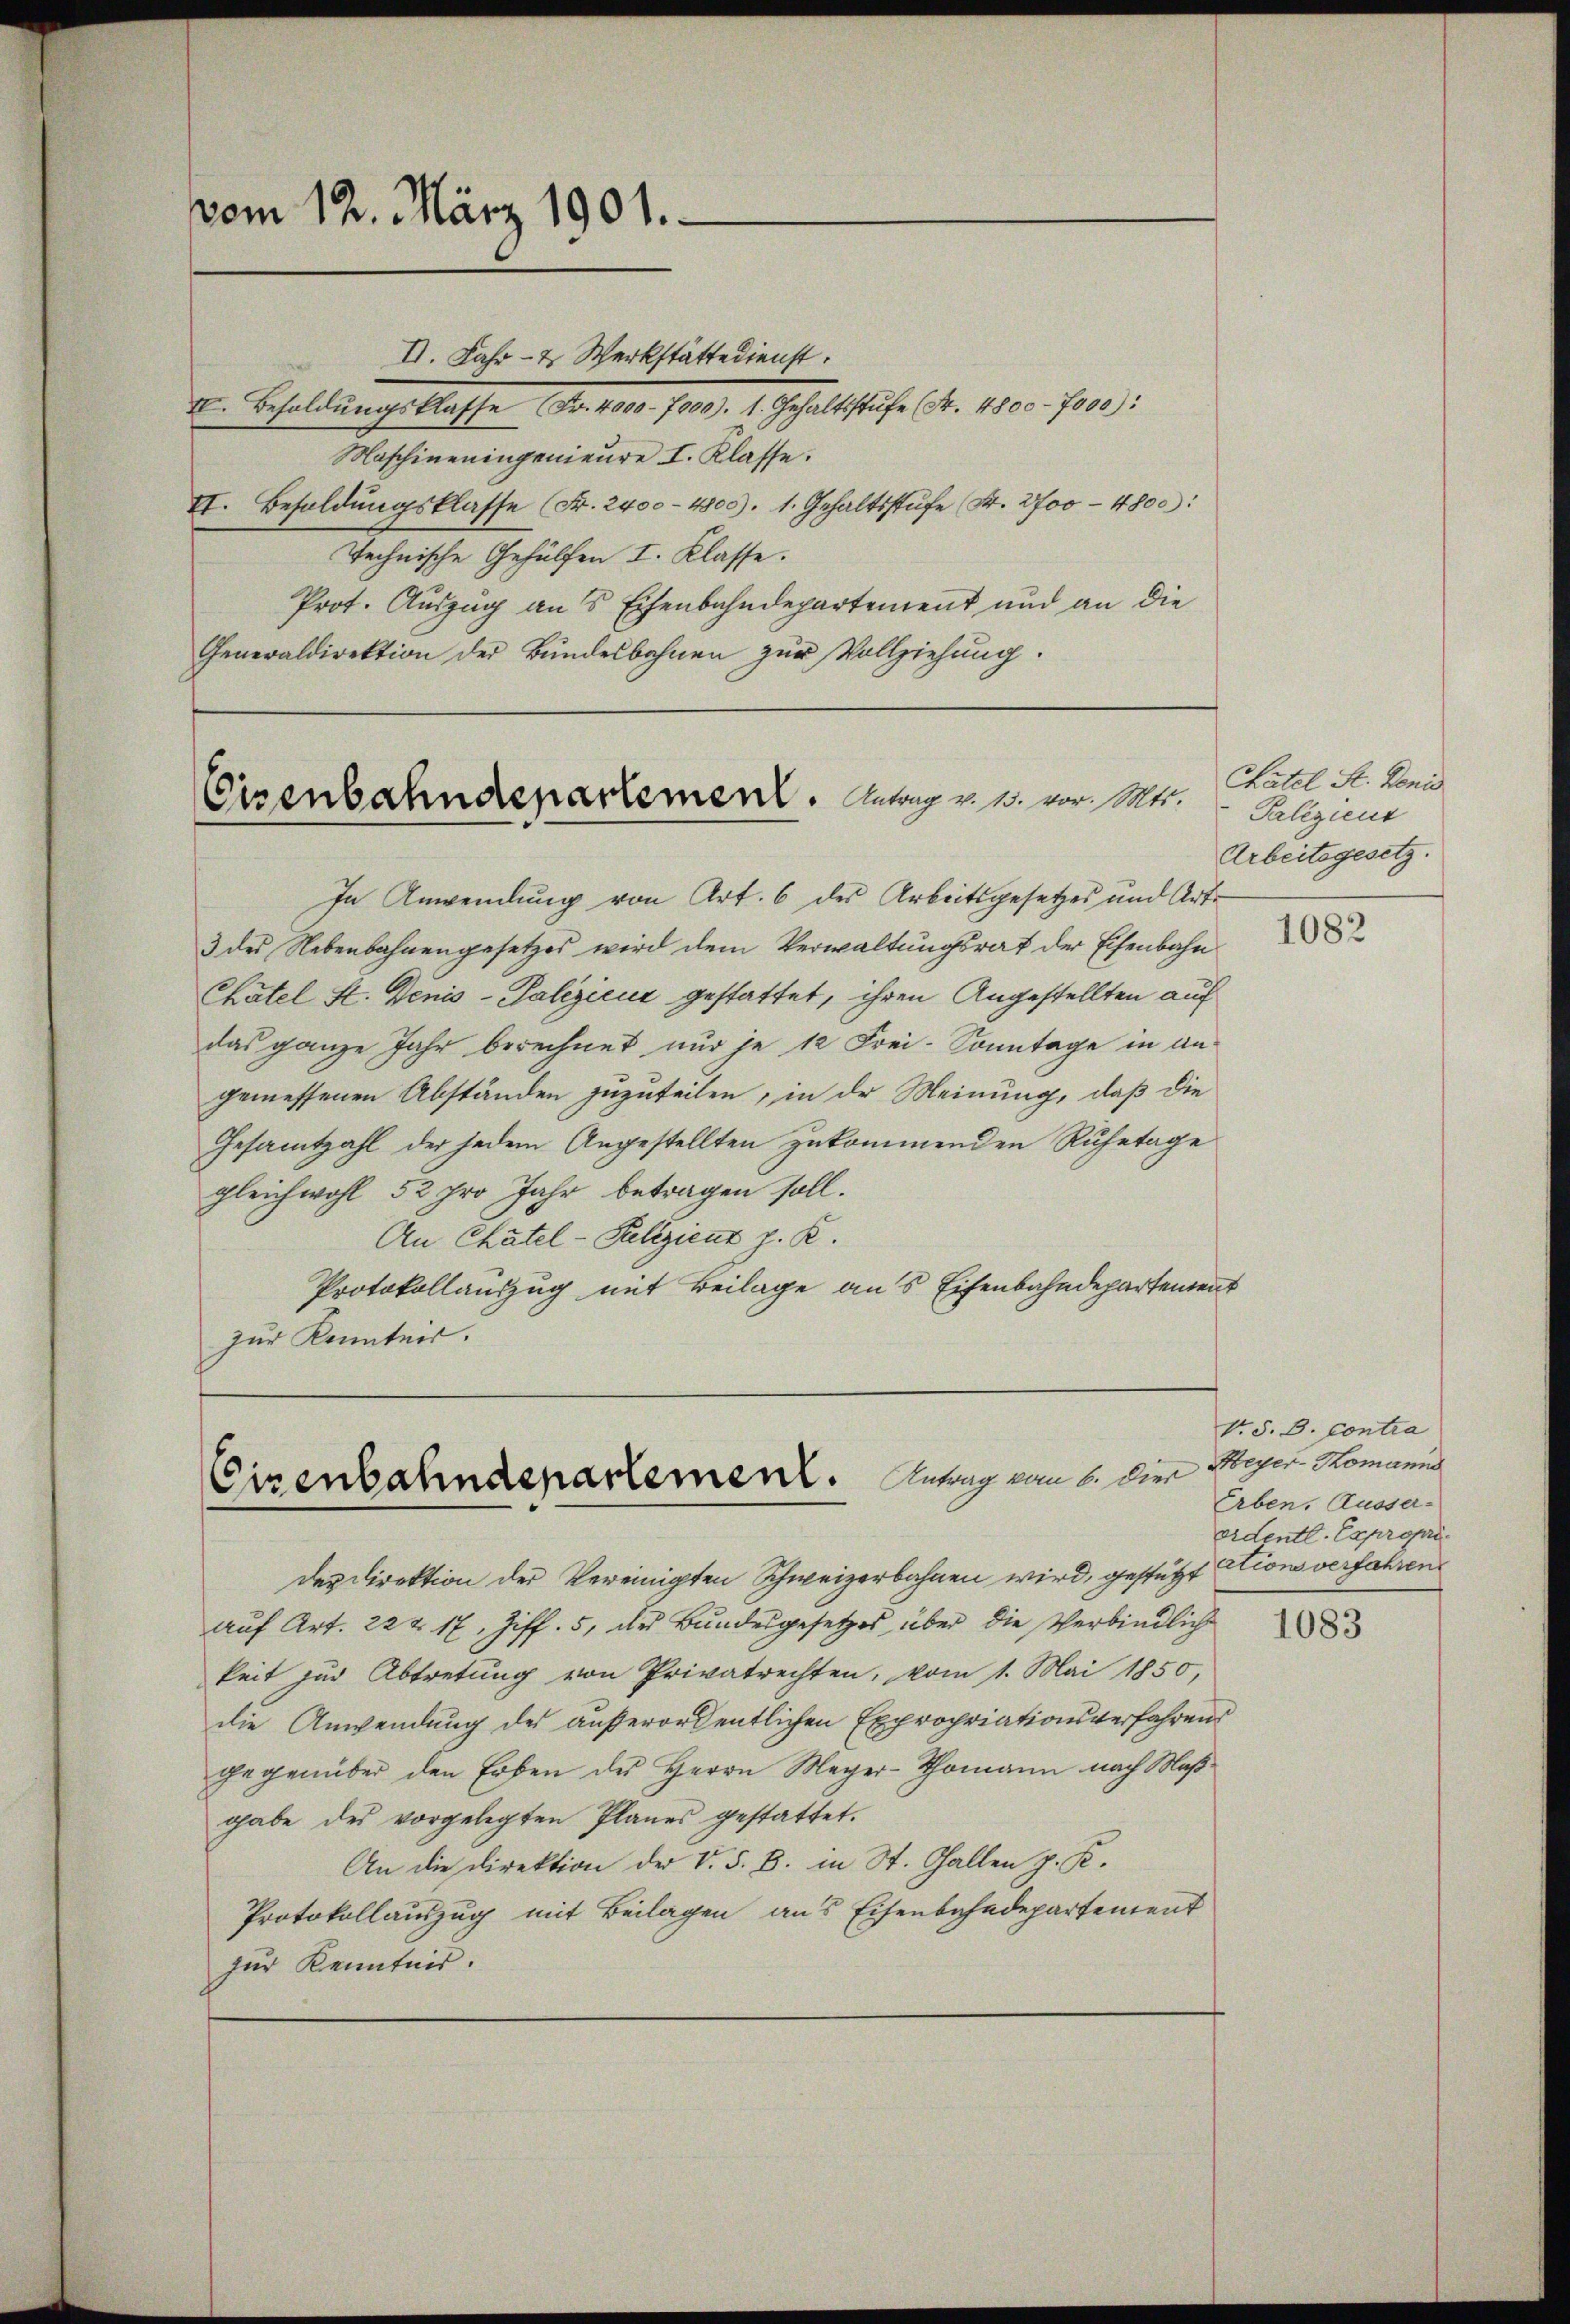
vom 12. März 1901.

II. Jahr- & Werkstättedienst.
II. Besoldŭngsklasse (Fr. 4000 - 7000). 1. Gehaltsstŭfe (Fr. 4800 - 7000):
Maschineningenieure I. Klasse.
II. Besoldŭngsklasse (Fr. 2400-4800. 1. Gehaltsstufe (S. 2700 - 4800:
Technische Gehülfen I. Klasse.
Prot. Auszug ans Eisenbahndepartement und an die
Generaldirektion der Bundesbahnen zur Vollziehung.

Eisenbahndepartement. Antrag v. p. vor. Mts.

In Anwendung von Art. 6 des Arbeitsgesetzes und Art.
3 des Nebenbahnengesetzes wird dem Verwaltungsrat der Eisenbahn
Chatel St. Venis-Palizieur gestattet, ihren Angestellten auf
das ganze Jahr berechnet nur je 12 Frei-Sonntage in An-
gemessenen Abständen zuzuteilen, in der Meinung, daß die
Gesammtzahl der jedem Angestellten zukommenden Ruhetage
gleichwohl 52 pro Jahr betragen soll.
An Chätel-Plizient J. K.
Protokollauszug mit Beilage aus Eisenbahndepartement
zur Kenntnis.

Eisenbahndepartement. Antrag vom 6. Dier

der Direktion der Vereinigten Schweizerbahnen wird, gestützt
auf Art. 22 & 17, Ziff. 5, des Bundesgesetzes über die Verbindliche
keit zur Abtretung von Privatrechten, vom 1. Mai 1850,
die Anwendung des außerordentlichen Expropriationsverfahrens
gegenüber den Erben des Herrn Meyer-Thomann nach Maßgabe des vorgelegten Planes gestattet.
An die Direktion der V. S. B. in St. Gallen z. R.
Protokollauszug mit Beilagen aus Eisenbahndepartement
zur Kenntnis.

Chatel St. Leni
Palizient
Arbeitsgesetz.

1082

V. S. B. contra
Meyer-Komanns
Erben. Äusser-
ordentl. Expropriationsverfahren

1083